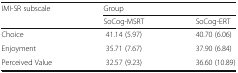
<table><thead><tr><td rowspan="2"><b>IMI-SR subscale</b></td><td colspan="2"><b>Group</b></td></tr><tr><td><b>SoCog-MSRT</b></td><td><b>SoCog-ERT</b></td></tr></thead><tbody><tr><td>Choice</td><td>41.14 (5.97)</td><td>40.70 (6.06)</td></tr><tr><td>Enjoyment</td><td>35.71 (7.67)</td><td>37.90 (6.84)</td></tr><tr><td>Perceived Value</td><td>32.57 (9.23)</td><td>36.60 (10.89)</td></tr></tbody></table>